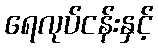
ရေလုပ်ငန်းနှင့်